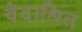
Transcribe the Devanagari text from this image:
वेदाश्रित